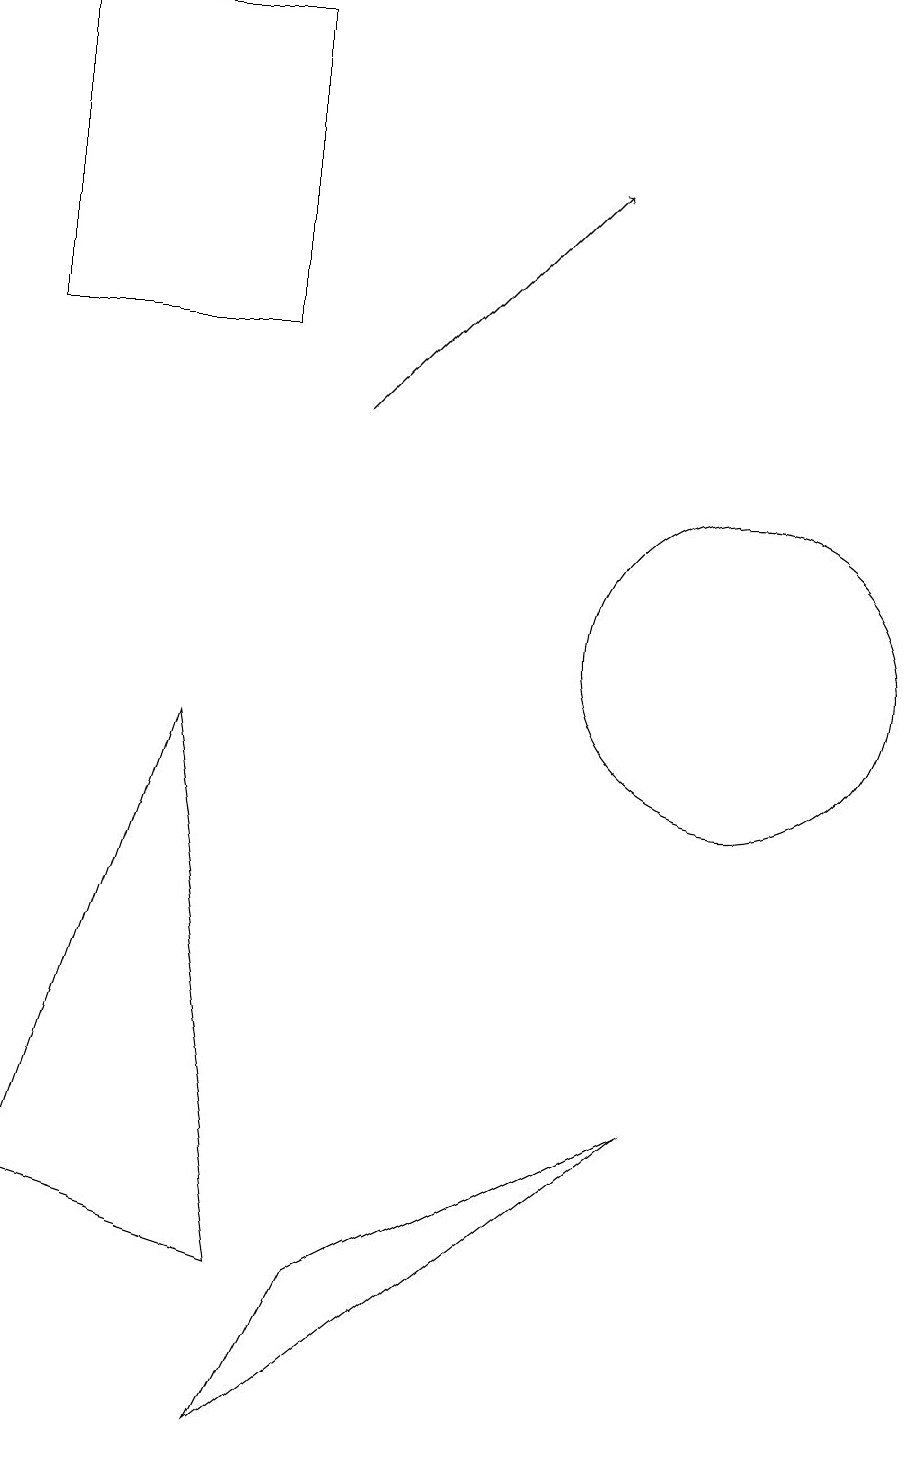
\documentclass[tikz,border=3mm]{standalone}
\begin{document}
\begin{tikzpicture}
\draw (10,10) circle (2);
\draw[->] (5,13) -- (8,16);
\draw (1,14) rectangle (4,18);
\draw (5,2) -- (4,0) -- (9,4) -- cycle;
\draw (1,3) -- (4,2) -- (3,9) -- cycle;
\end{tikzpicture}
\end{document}